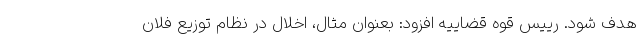
هدف شود. رییس قوه قضاییه افزود: بعنوان مثال، اخلال در نظام توزیع فلان